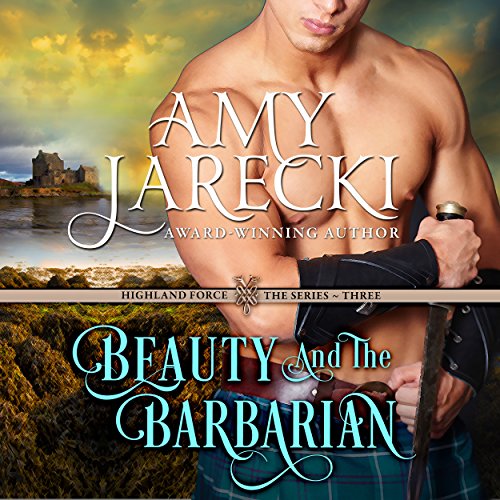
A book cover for Beauty and the Barbarian: Highland Force, Book 3; Amy Jarecki; Romance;